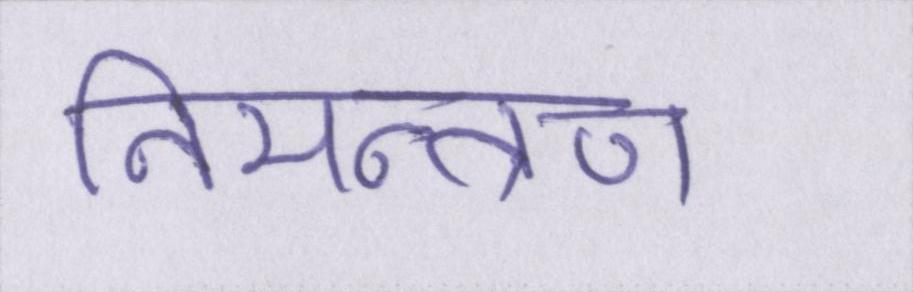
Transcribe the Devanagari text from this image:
निमन्त्रण